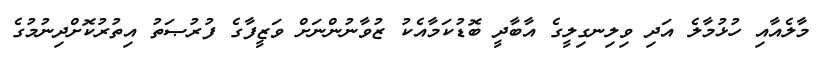
މާލެއާއި ހުޅުމާލެ އަދި ވިލިނގިލީގެ އާބާދީ ބޮޑުކަމާއެކު ޒުވާނުންނަށް ވަޒީފާގެ ފުރުޞަތު އިތުރުކޮށްދިނުމުގެ